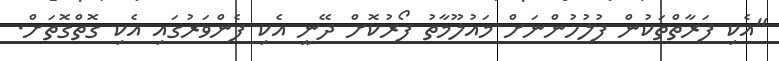
"އެކި ފަރާތްތަކުން ފުލުހުންނަށް މައުލޫމާތު ފޯރުކޮށް ދޭނީ އެކި ފެންވަރުގައި އެކި ގޮތްގޮތަށް.